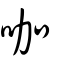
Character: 咖